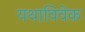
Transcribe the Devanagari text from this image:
यथाविवेक